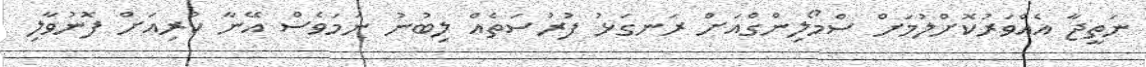
ނަތީޖާ އެއްވަރުކޮށްލުމަށް ސްމޯލިންގްއަށް ރަނގަޅު ފުރުސަތެއް ލިބުނު ނަމަވެސް އޭނާ ކުރިއަށް ފޮނުވާލި